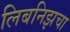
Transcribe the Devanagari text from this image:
लिबनिझचा